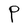
Character: P